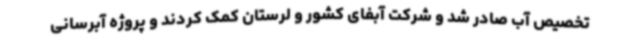
تخصیص آب صادر شد و شرکت آبفای کشور و لرستان کمک کردند و پروژه آبرسانی